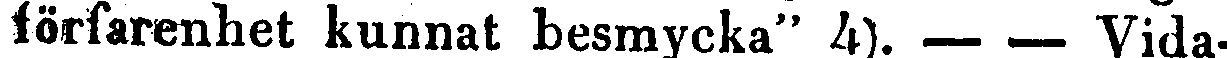
förfarenhet kunnat besmycka" 4). — - Vida-